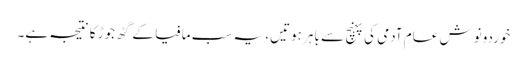
خوردونوش عام آدمی کی پہنچ سے باہر ہوتیں، یہ سب مافیا کے گٹھ جوڑ کا نتیجہ ہے۔